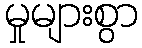
မှုများစွာ